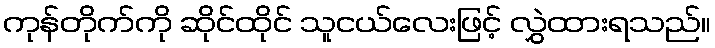
ကုန်တိုက်ကို ဆိုင်ထိုင် သူငယ်လေးဖြင့် လွှဲထားရသည်။